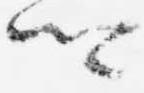
卿